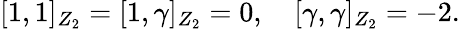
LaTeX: \lbrack 1,1\rbrack_{Z_{2}}=\lbrack 1,\gamma\rbrack_{Z_{2}}=0,\quad\lbrack\gamma,\gamma\rbrack_{Z_{2}}=-2.